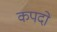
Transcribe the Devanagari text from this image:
कपदो